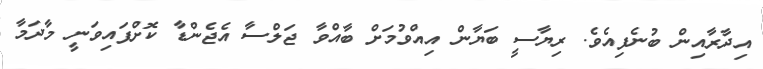
އިދާރާއިން ބުނެފިއެވެ. ރިޔާސީ ބަޔާން އިއްވުމަށް ބާއްވާ ޖަލްސާ އެޖެންޑާ ކޮށްފައިވަނީ މާދަމާ